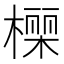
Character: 𭫾